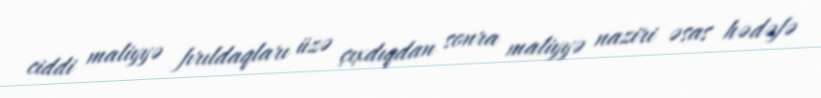
ciddi maliyyə fırıldaqları üzə çıxdıqdan sonra maliyyə naziri əsas hədəfə